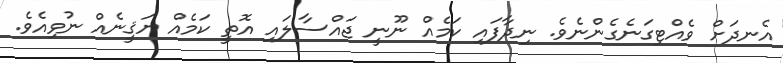
އެނދަށް ވެއްޓިގަނެގެންނެވެ. ނިދާފައި ކަމެއް ނޫނީ ޖައްސާލައި އޮތީ ކަމެއް ޔަޤީނެއް ނުވިއެވެ.